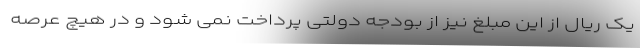
یک ریال از این مبلغ نیز از بودجه دولتی پرداخت نمی شود و در هیچ عرصه